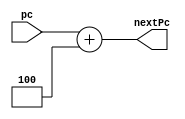
`timescale 1ns / 1ps
//////////////////////////////////////////////////////////////////////////////////
// Company: 
// Engineer: 
// 
// Design Name: 
// Module Name: IF_pcAdder_dp
// Project Name: 
// Target Devices: 
// Tool Versions: 
// Description: 
// 
// Dependencies: 
// 
// Revision:
// Revision 0.01 - File Created
// Additional Comments:
// 
//////////////////////////////////////////////////////////////////////////////////


module pcAdder( // Module defining the program counter adder for CPU operation.
    input [31:0] pc, // Input representing the current program counter, 32 bits wide.
    output reg [31:0] nextPc // Output register representing the next program counter, also 32 bits wide.
);

    always @(*) begin // Continuous updating of nextPc whenever any input signal changes.
        nextPc <= pc + 32'b00000000000000000000000000000100; // Updating nextPc by adding 4 to the input program counter.
    end // End of always block

endmodule